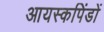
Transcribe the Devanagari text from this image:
आयस्कपिंडों